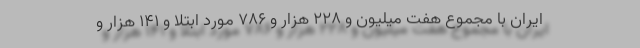
ایران با مجموع هفت میلیون و ۲۲۸ هزار و ۷۸۶ مورد ابتلا و ۱۴۱ هزار و